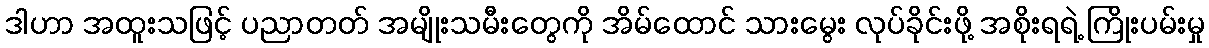
ဒါဟာ အထူးသဖြင့် ပညာတတ် အမျိုးသမီးတွေကို အိမ်ထောင် သားမွေး လုပ်ခိုင်းဖို့ အစိုးရရဲ့ ကြိုးပမ်းမှု